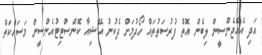
އަދި އެއޭޖެންސީން ލިބެން އޮތް ފުރުސަތުތައް ހޯދުމަށް ދެކުނު އޭޝިއާ ކޮންސްޓިޓުއެންސީން މަސައްކަތް